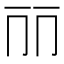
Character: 𠀙